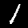
Label: 1